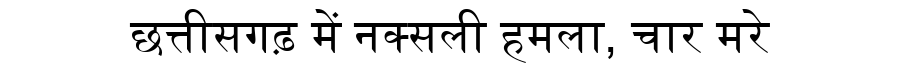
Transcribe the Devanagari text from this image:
छत्तीसगढ़ में नक्सली हमला, चार मरे